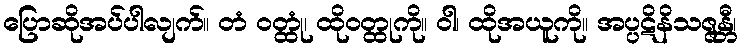
ပြောဆိုအပ်ပါလျက်။ တံ ဝတ္ထုံ၊ ထိုဝတ္ထုကို။ ဝါ၊ ထိုအယူကို။ အပ္ပဋိနိသဇ္ဇန္တီ၊